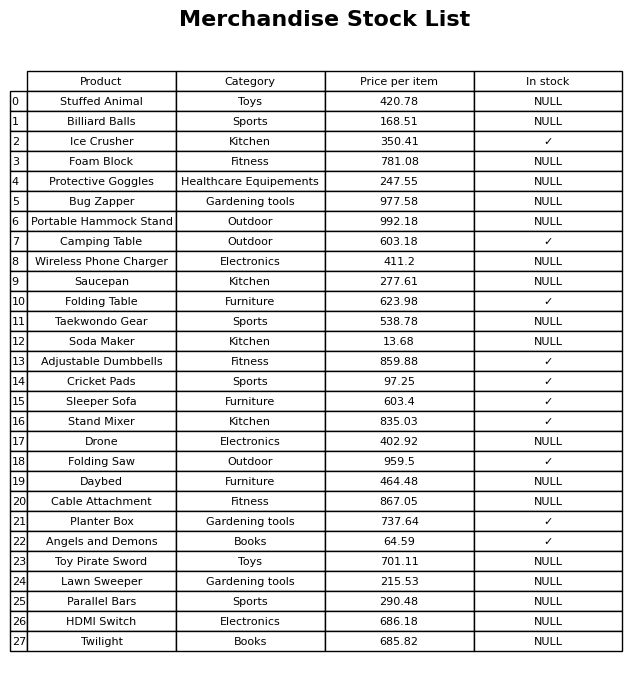
question: Is the Drone in stock?
answer: NULL